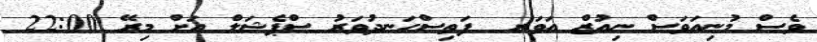
ވެސް މުނިއަވަސް ނިއުޒް އަވަރ  ފަތިސްހަނދުވަރު ސްޕެޝަލް އަށް މިރޭ 22:00